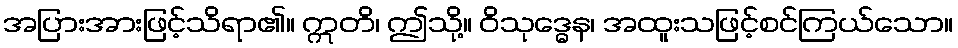
အပြားအားဖြင့်သိရာ၏။ ဣတိ၊ ဤသို့။ ဝိသုဒ္ဓေန၊ အထူးသဖြင့်စင်ကြယ်သော။